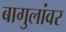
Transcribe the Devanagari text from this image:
बागुलांवर